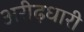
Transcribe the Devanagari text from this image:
अरीढ़धारी